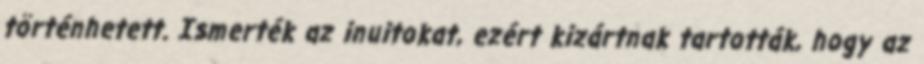
történhetett. Ismerték az inuitokat, ezért kizártnak tartották, hogy az